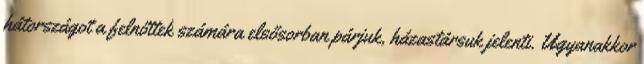
hátországot a felnőttek számára elsősorban párjuk, házastársuk jelenti. Ugyanakkor